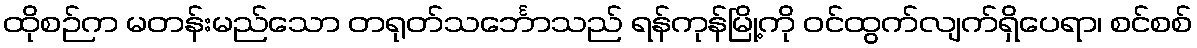
ထိုစဉ်က မတန်းမည်သော တရုတ်သင်္ဘောသည် ရန်ကုန်မြို့ကို ဝင်ထွက်လျက်ရှိပေရာ၊ စင်စစ်